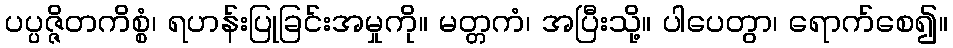
ပပ္ပဇ္ဇိတကိစ္စံ၊ ရဟန်းပြုခြင်းအမှုကို။ မတ္တကံ၊ အပြီးသို့။ ပါပေတွာ၊ ရောက်စေ၍။